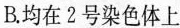
B.均在2号染色体上